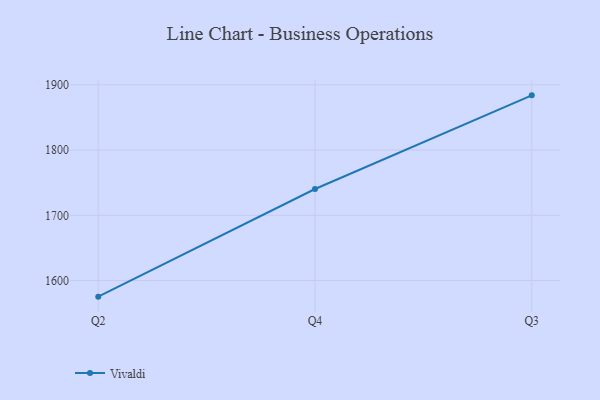
{"axis": {"x": "Quarter", "y": "Tickets Resolved"}, "legend": ["Vivaldi"], "data": [{"x": "Q2", "y": 1575.4, "type": "Vivaldi"}, {"x": "Q4", "y": 1740.3, "type": "Vivaldi"}, {"x": "Q3", "y": 1883.8, "type": "Vivaldi"}]}